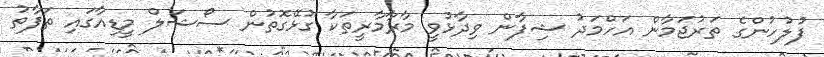
ފުލުހުންގެ ތަރުޖަމާން އަހްމަދު ޝިފާން ވިދާޅުވީ މާރާމާރީތަކާ ގުޅޭގޮތުން ސޯޝަލް މީޑިއާގައި ތަފާތު